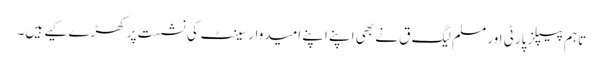
تاہم پیپلز پارٹی اور مسلم لیگ ق نے بھی اپنے اپنے امیدوار سینٹ کی نشست پر کھڑے کیے ہیں۔